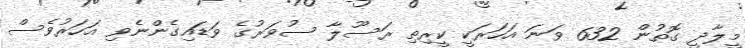
މީލާދީ ގޮތުން 632 ވަނަ އަހަރަކީ ކީރިތި ރަސޫލާ ސުވަރުގެ ވަޑައިގެންނެވި އަހަރުވެސް